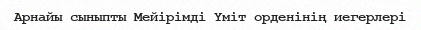
Арнайы сыныпты Мейірімді Үміт орденінің иегерлері